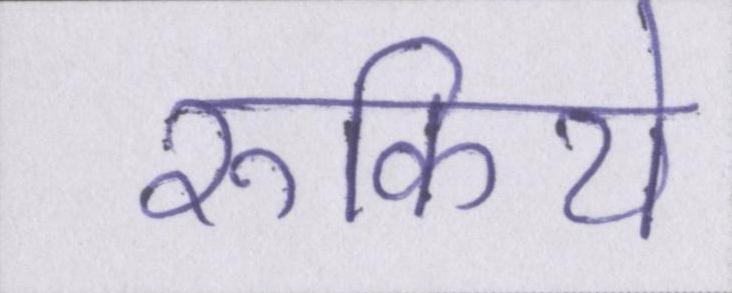
रुकिये